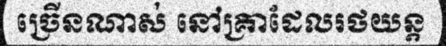
ច្រើនណាស់ នៅគ្រាដែលរថយន្ត